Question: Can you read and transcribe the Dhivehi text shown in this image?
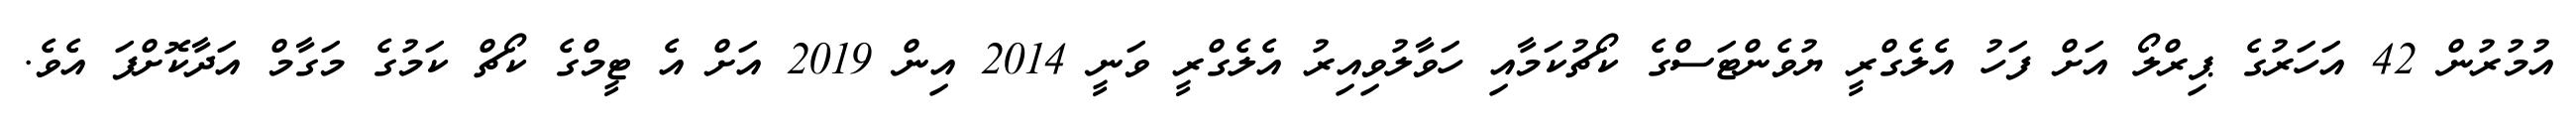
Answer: އުމުރުން 42 އަހަރުގެ ޕިރްލޯ އަށް ފަހު އެލެގްރީ ޔުވެންޓަސްގެ ކޯޗުކަމާއި ހަވާލުވިއިރު އެލެގްރީ ވަނީ 2014 އިން 2019 އަށް އެ ޓީމްގެ ކޯޗް ކަމުގެ މަގާމް އަދާކޮށްފަ އެވެ.